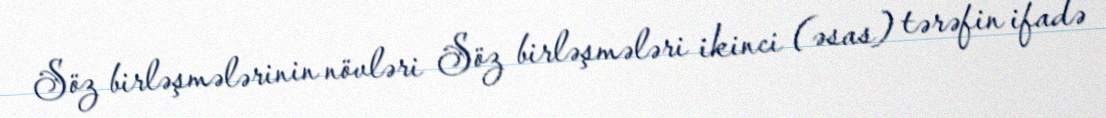
Söz birləşmələrinin növləri Söz birləşmələri ikinci (əsas) tərəfin ifadə